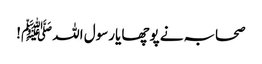
صحابہ نے پوچھا یارسول اللہ ﷺ!